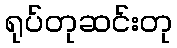
ရုပ်တုဆင်းတု